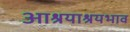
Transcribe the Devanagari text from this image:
आश्रयाश्रयभाव